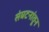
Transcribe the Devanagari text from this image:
संघटनांतून